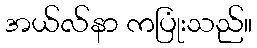
အယ်လ်နာ ကပြုံးသည်။